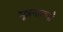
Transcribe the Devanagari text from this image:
मूत्रनालयाँ